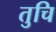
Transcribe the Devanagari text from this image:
तुचि